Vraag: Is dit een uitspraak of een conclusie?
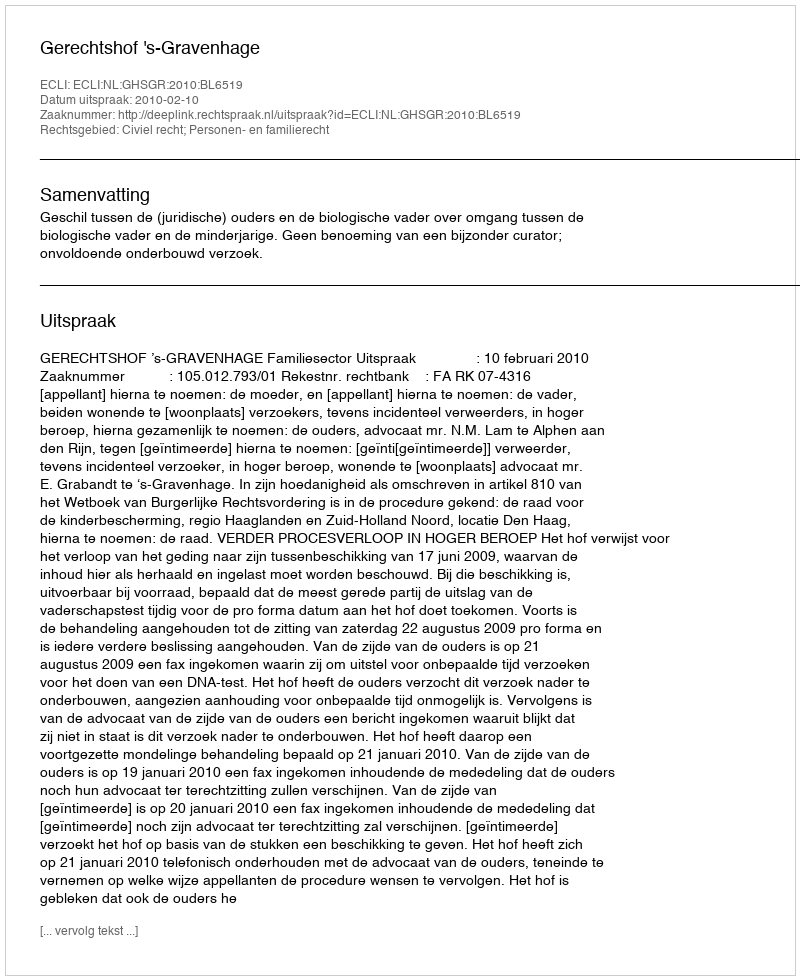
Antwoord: Uitspraak